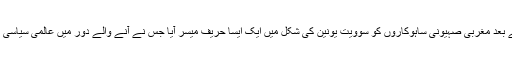
1977ء کے کیمپ ڈیوڈ معاہدے کے بعد مغربی صہیونی ساہوکاروں کو سوویت یونین کی شکل میں ایک ایسا حریف میسر آیا جس نے آنے والے دور میں عالمی سیاسی بساط کو سرے سے ہی تبدیل کرا دیا۔